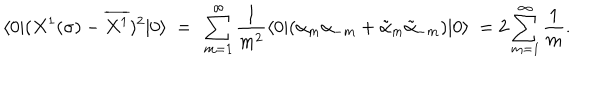
\langle 0 | ( X ^ { 1 } ( \sigma ) - \overline { { { X ^ { 1 } } } } ) ^ { 2 } | 0 \rangle \ = \ \sum _ { m = 1 } ^ { \infty } \frac { 1 } { m ^ { 2 } } \langle 0 | ( \alpha _ { m } \alpha _ { - m } + \tilde { \alpha } _ { m } \tilde { \alpha } _ { - m } ) | 0 \rangle \ = 2 \sum _ { m = 1 } ^ { \infty } \frac { 1 } { m } .